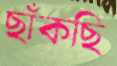
ছাঁকছি